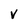
Character: v